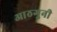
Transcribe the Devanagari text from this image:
आठगुनी